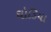
ઘોડિયા